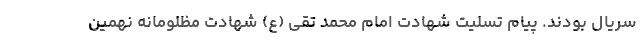
سریال بودند. پیام تسلیت شهادت امام محمد تقی (ع) شهادت مظلومانه نهمین